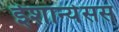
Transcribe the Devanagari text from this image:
ईशान्येसस